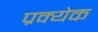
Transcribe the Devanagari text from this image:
प्रक्येक